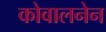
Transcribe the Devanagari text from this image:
कोवालनेन